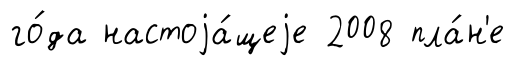
го́да настоjа́щеjе 2008 пла́н'е